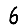
Digit: 6